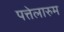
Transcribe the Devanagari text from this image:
पत्तेलारुम